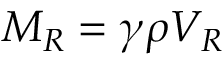
M _ { R } = \gamma \rho V _ { R }